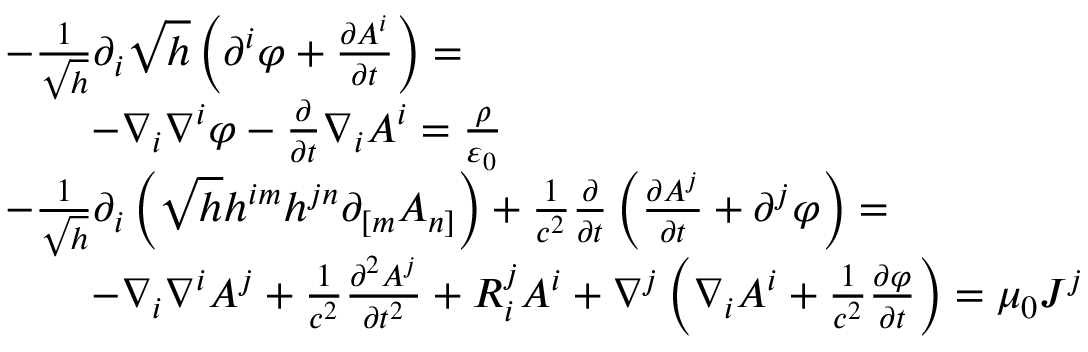
{ \begin{array} { r l } & { { - } { \frac { 1 } { \sqrt { h } } } \partial _ { i } { \sqrt { h } } \left( \partial ^ { i } \varphi + { \frac { \partial A ^ { i } } { \partial t } } \right) = } \\ & { \qquad - \nabla _ { i } \nabla ^ { i } \varphi - { \frac { \partial } { \partial t } } \nabla _ { i } A ^ { i } = { \frac { \rho } { \varepsilon _ { 0 } } } } \\ & { { - } { \frac { 1 } { \sqrt { h } } } \partial _ { i } \left( { \sqrt { h } } h ^ { i m } h ^ { j n } \partial _ { [ m } A _ { n ] } \right) + { \frac { 1 } { c ^ { 2 } } } { \frac { \partial } { \partial t } } \left( { \frac { \partial A ^ { j } } { \partial t } } + \partial ^ { j } \varphi \right) = } \\ & { \qquad { - } \nabla _ { i } \nabla ^ { i } A ^ { j } + { \frac { 1 } { c ^ { 2 } } } { \frac { \partial ^ { 2 } A ^ { j } } { \partial t ^ { 2 } } } + R _ { i } ^ { j } A ^ { i } + \nabla ^ { j } \left( \nabla _ { i } A ^ { i } + { \frac { 1 } { c ^ { 2 } } } { \frac { \partial \varphi } { \partial t } } \right) = \mu _ { 0 } J ^ { j } } \end{array} }